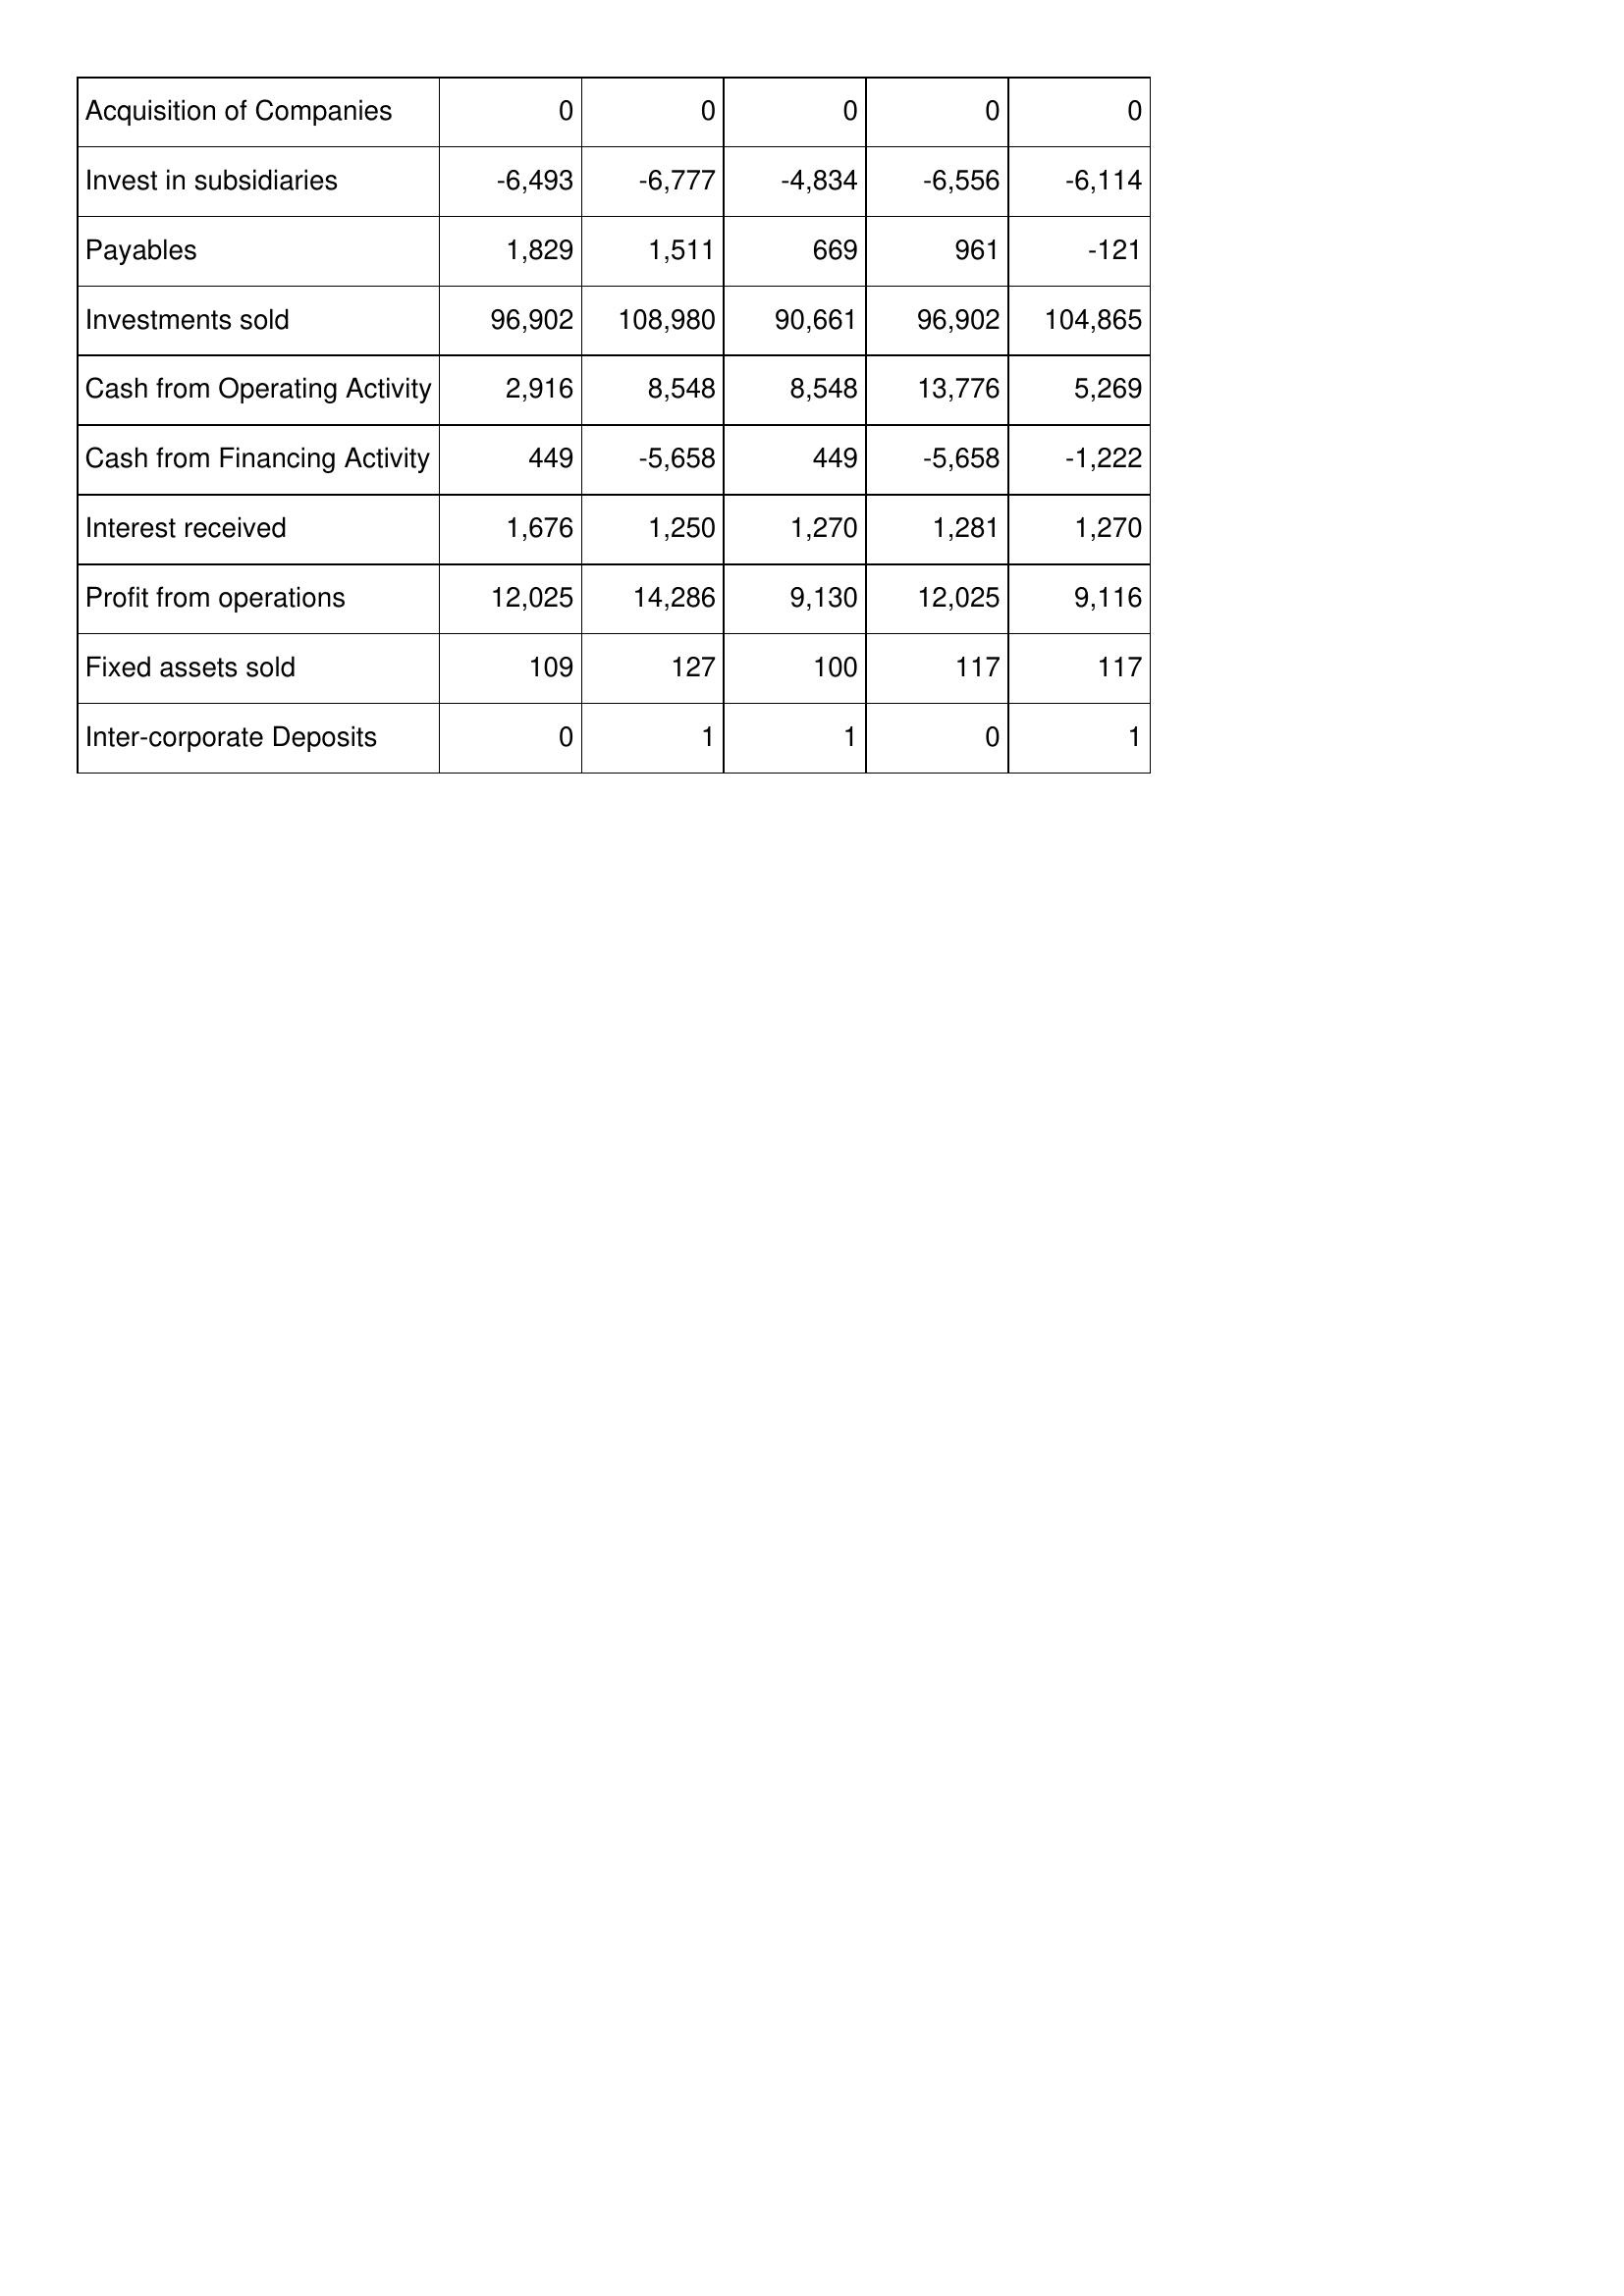
Oct-12: Cash Flows: Acquisition of Companies: 0
Invest in subsidiaries: -6,493
Payables: 1,829
Investments sold: 96,902
Cash from Operating Activity: 2,916
Cash from Financing Activity: 449
Interest received: 1,676
Profit from operations: 12,025
Fixed assets sold: 109
Inter-corporate Deposits: 0
Oct-11: Cash Flows: Acquisition of Companies: 0
Invest in subsidiaries: -6,777
Payables: 1,511
Investments sold: 108,980
Cash from Operating Activity: 8,548
Cash from Financing Activity: -5,658
Interest received: 1,250
Profit from operations: 14,286
Fixed assets sold: 127
Inter-corporate Deposits: 1
Oct-10: Cash Flows: Acquisition of Companies: 0
Invest in subsidiaries: -4,834
Payables: 669
Investments sold: 90,661
Cash from Operating Activity: 8,548
Cash from Financing Activity: 449
Interest received: 1,270
Profit from operations: 9,130
Fixed assets sold: 100
Inter-corporate Deposits: 1
Oct-09: Cash Flows: Acquisition of Companies: 0
Invest in subsidiaries: -6,556
Payables: 961
Investments sold: 96,902
Cash from Operating Activity: 13,776
Cash from Financing Activity: -5,658
Interest received: 1,281
Profit from operations: 12,025
Fixed assets sold: 117
Inter-corporate Deposits: 0
Oct-08: Cash Flows: Acquisition of Companies: 0
Invest in subsidiaries: -6,114
Payables: -121
Investments sold: 104,865
Cash from Operating Activity: 5,269
Cash from Financing Activity: -1,222
Interest received: 1,270
Profit from operations: 9,116
Fixed assets sold: 117
Inter-corporate Deposits: 1